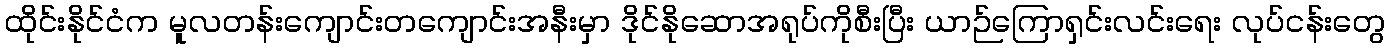
ထိုင်းနိုင်ငံက မူလတန်းကျောင်းတကျောင်းအနီးမှာ ဒိုင်နိုဆောအရုပ်ကိုစီးပြီး ယာဉ်ကြောရှင်းလင်းရေး လုပ်ငန်းတွေ